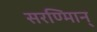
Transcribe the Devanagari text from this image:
सरण्मािन्‌